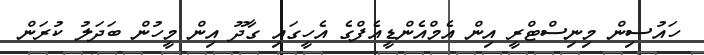
ހައުސިން މިނިސްޓްރީ އިން އެމްއެންޑީއެފްގެ އެހީގައި ގާދޫ އިން މީހުން ބަދަލު ކުރަން